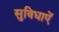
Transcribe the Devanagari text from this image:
सुविधाएें